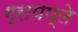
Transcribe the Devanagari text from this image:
ग्रापप्ले